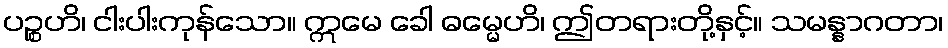
ပဉ္စဟိ၊ ငါးပါးကုန်သော။ ဣမေ ခေါ ဓမ္မေဟိ၊ ဤတရားတို့နှင့်။ သမန္နာဂတာ၊